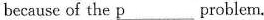
because of the \underline{p}problem.